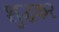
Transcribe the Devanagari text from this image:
शुद्धकर